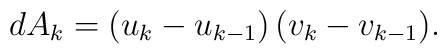
dA_k=(u_k-u_{k-1})\,(v_k-v_{k-1}).